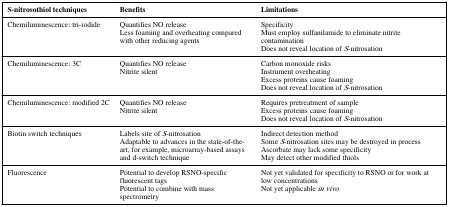
<table><thead><tr><td><b>S-nitrosothiol techniques</b></td><td><b>Benefits</b></td><td><b>Limitations</b></td></tr></thead><tbody><tr><td>Chemiluminescence: tri-iodide</td><td>Quantifies NO releaseLess foaming and overheating compared with other reducing agents</td><td>SpecificityMust employ sulfanilamide to eliminate nitrite contaminationDoes not reveal location of <i>S</i>-nitrosation</td></tr><tr><td>Chemiluminescence: 3C</td><td>Quantifies NO releaseNitrite silent</td><td>Carbon monoxide risksInstrument overheatingExcess proteins cause foamingDoes not reveal location of <i>S</i>-nitrosation</td></tr><tr><td>Chemiluminescence: modified 2C</td><td>Quantifies NO releaseNitrite silent</td><td>Requires pretreatment of sampleExcess proteins cause foamingDoes not reveal location of <i>S</i>-nitrosation</td></tr><tr><td>Biotin switch techniques</td><td>Labels site of <i>S</i>-nitrosationAdaptable to advances in the state-of-the-art, for example, microarray-based assays and d-switch technique</td><td>Indirect detection methodSome <i>S</i>-nitrosation sites may be destroyed in processAscorbate may lack some specificityMay detect other modified thiols</td></tr><tr><td>Fluorescence</td><td>Potential to develop RSNO-specific fluorescent tagsPotential to combine with mass spectrometry</td><td>Not yet validated for specificity to RSNO or for work at low concentrationsNot yet applicable <i>in vivo</i></td></tr></tbody></table>